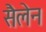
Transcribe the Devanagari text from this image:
सैलेन